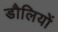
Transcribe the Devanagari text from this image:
डौलियों